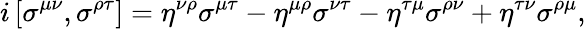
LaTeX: i\left[\sigma^{\mu\nu},\sigma^{\rho\tau}\right]=\eta^{\nu\rho}\sigma^{\mu\tau}-\eta^{\mu\rho}\sigma^{\nu\tau}-\eta^{\tau\mu}\sigma^{\rho\nu}+\eta^{\tau\nu}\sigma^{\rho\mu},